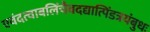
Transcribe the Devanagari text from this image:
एवंदत्वाबलिंचैवदद्यात्पिंडत्रयंबुधः